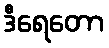
ဒီရေတော